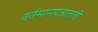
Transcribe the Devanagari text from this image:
वर्तमानपत्रातली